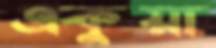
একুয়া